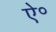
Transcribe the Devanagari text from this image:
ऐ॰